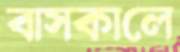
বাসকালে